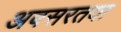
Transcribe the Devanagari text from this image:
अवसरतया